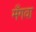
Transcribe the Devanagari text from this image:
मँगवा